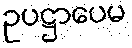
ဥပဋ္ဌာပေမ